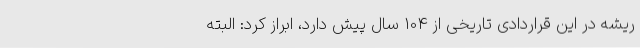
ریشه در این قراردادی تاریخی از 104 سال پیش دارد، ابراز کرد: البته